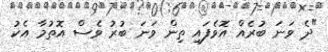
"ދެ ވަނަ ބުރެއް އޮވެފައި ތިން ވަނަ ބުރު ވެސް އޮތުމާ އެކު